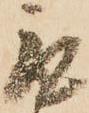
取